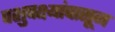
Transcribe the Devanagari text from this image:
पशुपक्ष्यांपासून